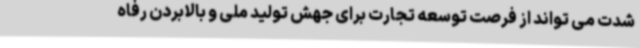
شدت می تواند از فرصت توسعه تجارت برای جهش تولید ملی و بالابردن رفاه